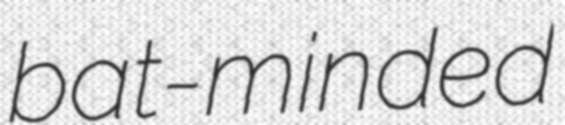
bat-minded